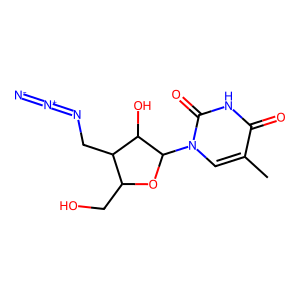
SMILES: Cc1cn(C2OC(CO)C(CN=[N+]=[N-])C2O)c(=O)[nH]c1=O
Inhibits HIV replication: No